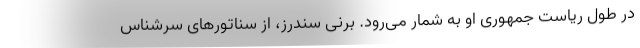
در طول ریاست جمهوری او به شمار می‌رود. برنی سندرز، از سناتورهای سرشناس